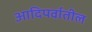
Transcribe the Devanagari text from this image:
आदिपर्वातील